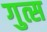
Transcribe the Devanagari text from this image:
गुत्स